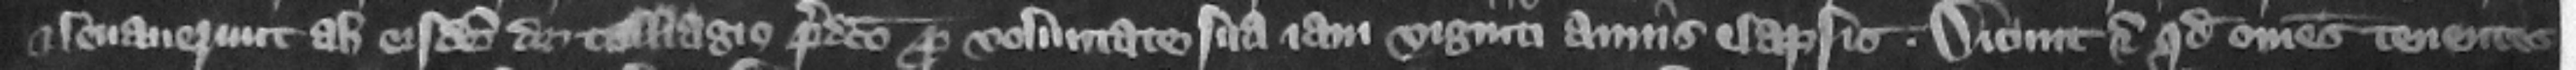
et leuauerunt ab eisdem de talliagio predicto pro voluntate sua iam viginti annis elapsis. Dicunt eciam quod omnes tenentes